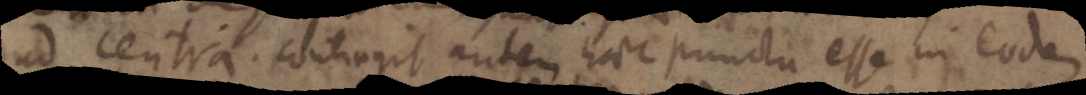
ad centra. contingit autem haec punctu esse in eodem